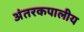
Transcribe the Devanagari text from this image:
अंतरकपालीय